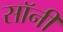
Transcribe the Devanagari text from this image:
सॉनी